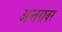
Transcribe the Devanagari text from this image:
अन्तरावर